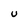
Character: U